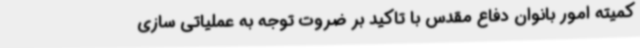
کمیته امور بانوان دفاع مقدس با تاکید بر ضروت توجه به عملیاتی سازی